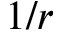
1 / r